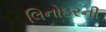
લિનોઇરની